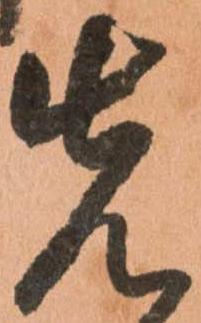
先